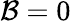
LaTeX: \mathcal{B}=0